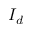
I _ { d }